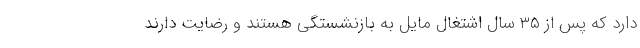
دارد که پس از ۳۵ سال اشتغال مایل به بازنشستگی هستند و رضایت دارند